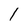
Character: l